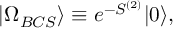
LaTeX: | \Omega _ { B C S } \rangle \equiv e ^ { - S ^ { ( 2 ) } } | 0 \rangle ,